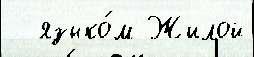
  языко́м Жилой